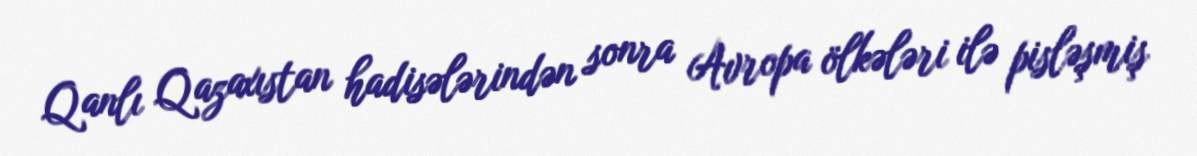
Qanlı Qazaxıstan hadisələrindən sonra Avropa ölkələri ilə pisləşmiş